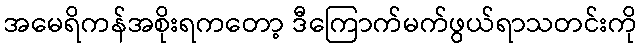
အမေရိကန်အစိုးရကတော့ ဒီကြောက်မက်ဖွယ်ရာသတင်းကို